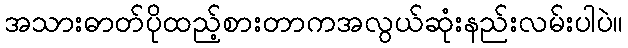
အသားဓာတ်ပိုထည့်စားတာကအလွယ်ဆုံးနည်းလမ်းပါပဲ။